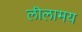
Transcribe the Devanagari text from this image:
लीलामय